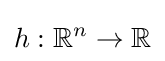
h:\mathbb {R} ^{n}\to \mathbb {R}